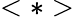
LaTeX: <*>